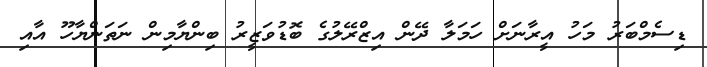
ޑިސެމްބަރު މަހު އީރާނަށް ހަމަލާ ދޭން އިޒްރޭލުގެ ބޮޑުވަޒީރު ބިންޔާމިން ނަތަންޔާހޫ އާއި